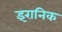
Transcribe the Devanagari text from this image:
इरानिक